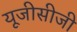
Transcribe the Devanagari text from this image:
यूजीसीजी